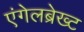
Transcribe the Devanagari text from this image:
एंगेलब्रेख्ट